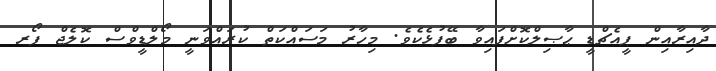
ދާއިރާއިން ޕީއެޗްޑީ ޙާޞިލްކޮށްފައިވާ ބޭފުޅެކެވެ. މިހާރު މަސައްކަތް ކުރައްވަނީ މޯލްޑީވްސް ކޮލެޖް ފޯރ